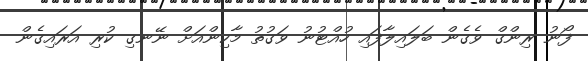
ފޯނު ރިންގް ވެގެން ބަލައިލާފައި ހުއްޓުނު ވަގުތު މާކިންއަށް ނޭނގި ކުރި އަރައިގެން